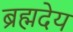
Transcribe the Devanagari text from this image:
ब्रह्मदेय